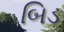
બિડ